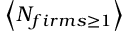
\left< N _ { f i r m s \geq 1 } \right>